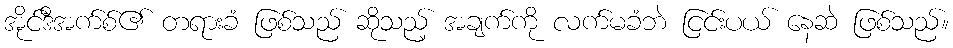
အိုင်ဒီအက်စ်၏ တရားခံ ဖြစ်သည် ဆိုသည့် အချက်ကို လက်မခံဘဲ ငြင်းပယ် နေဆဲ ဖြစ်သည်။